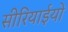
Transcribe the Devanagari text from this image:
सीरियाईयों